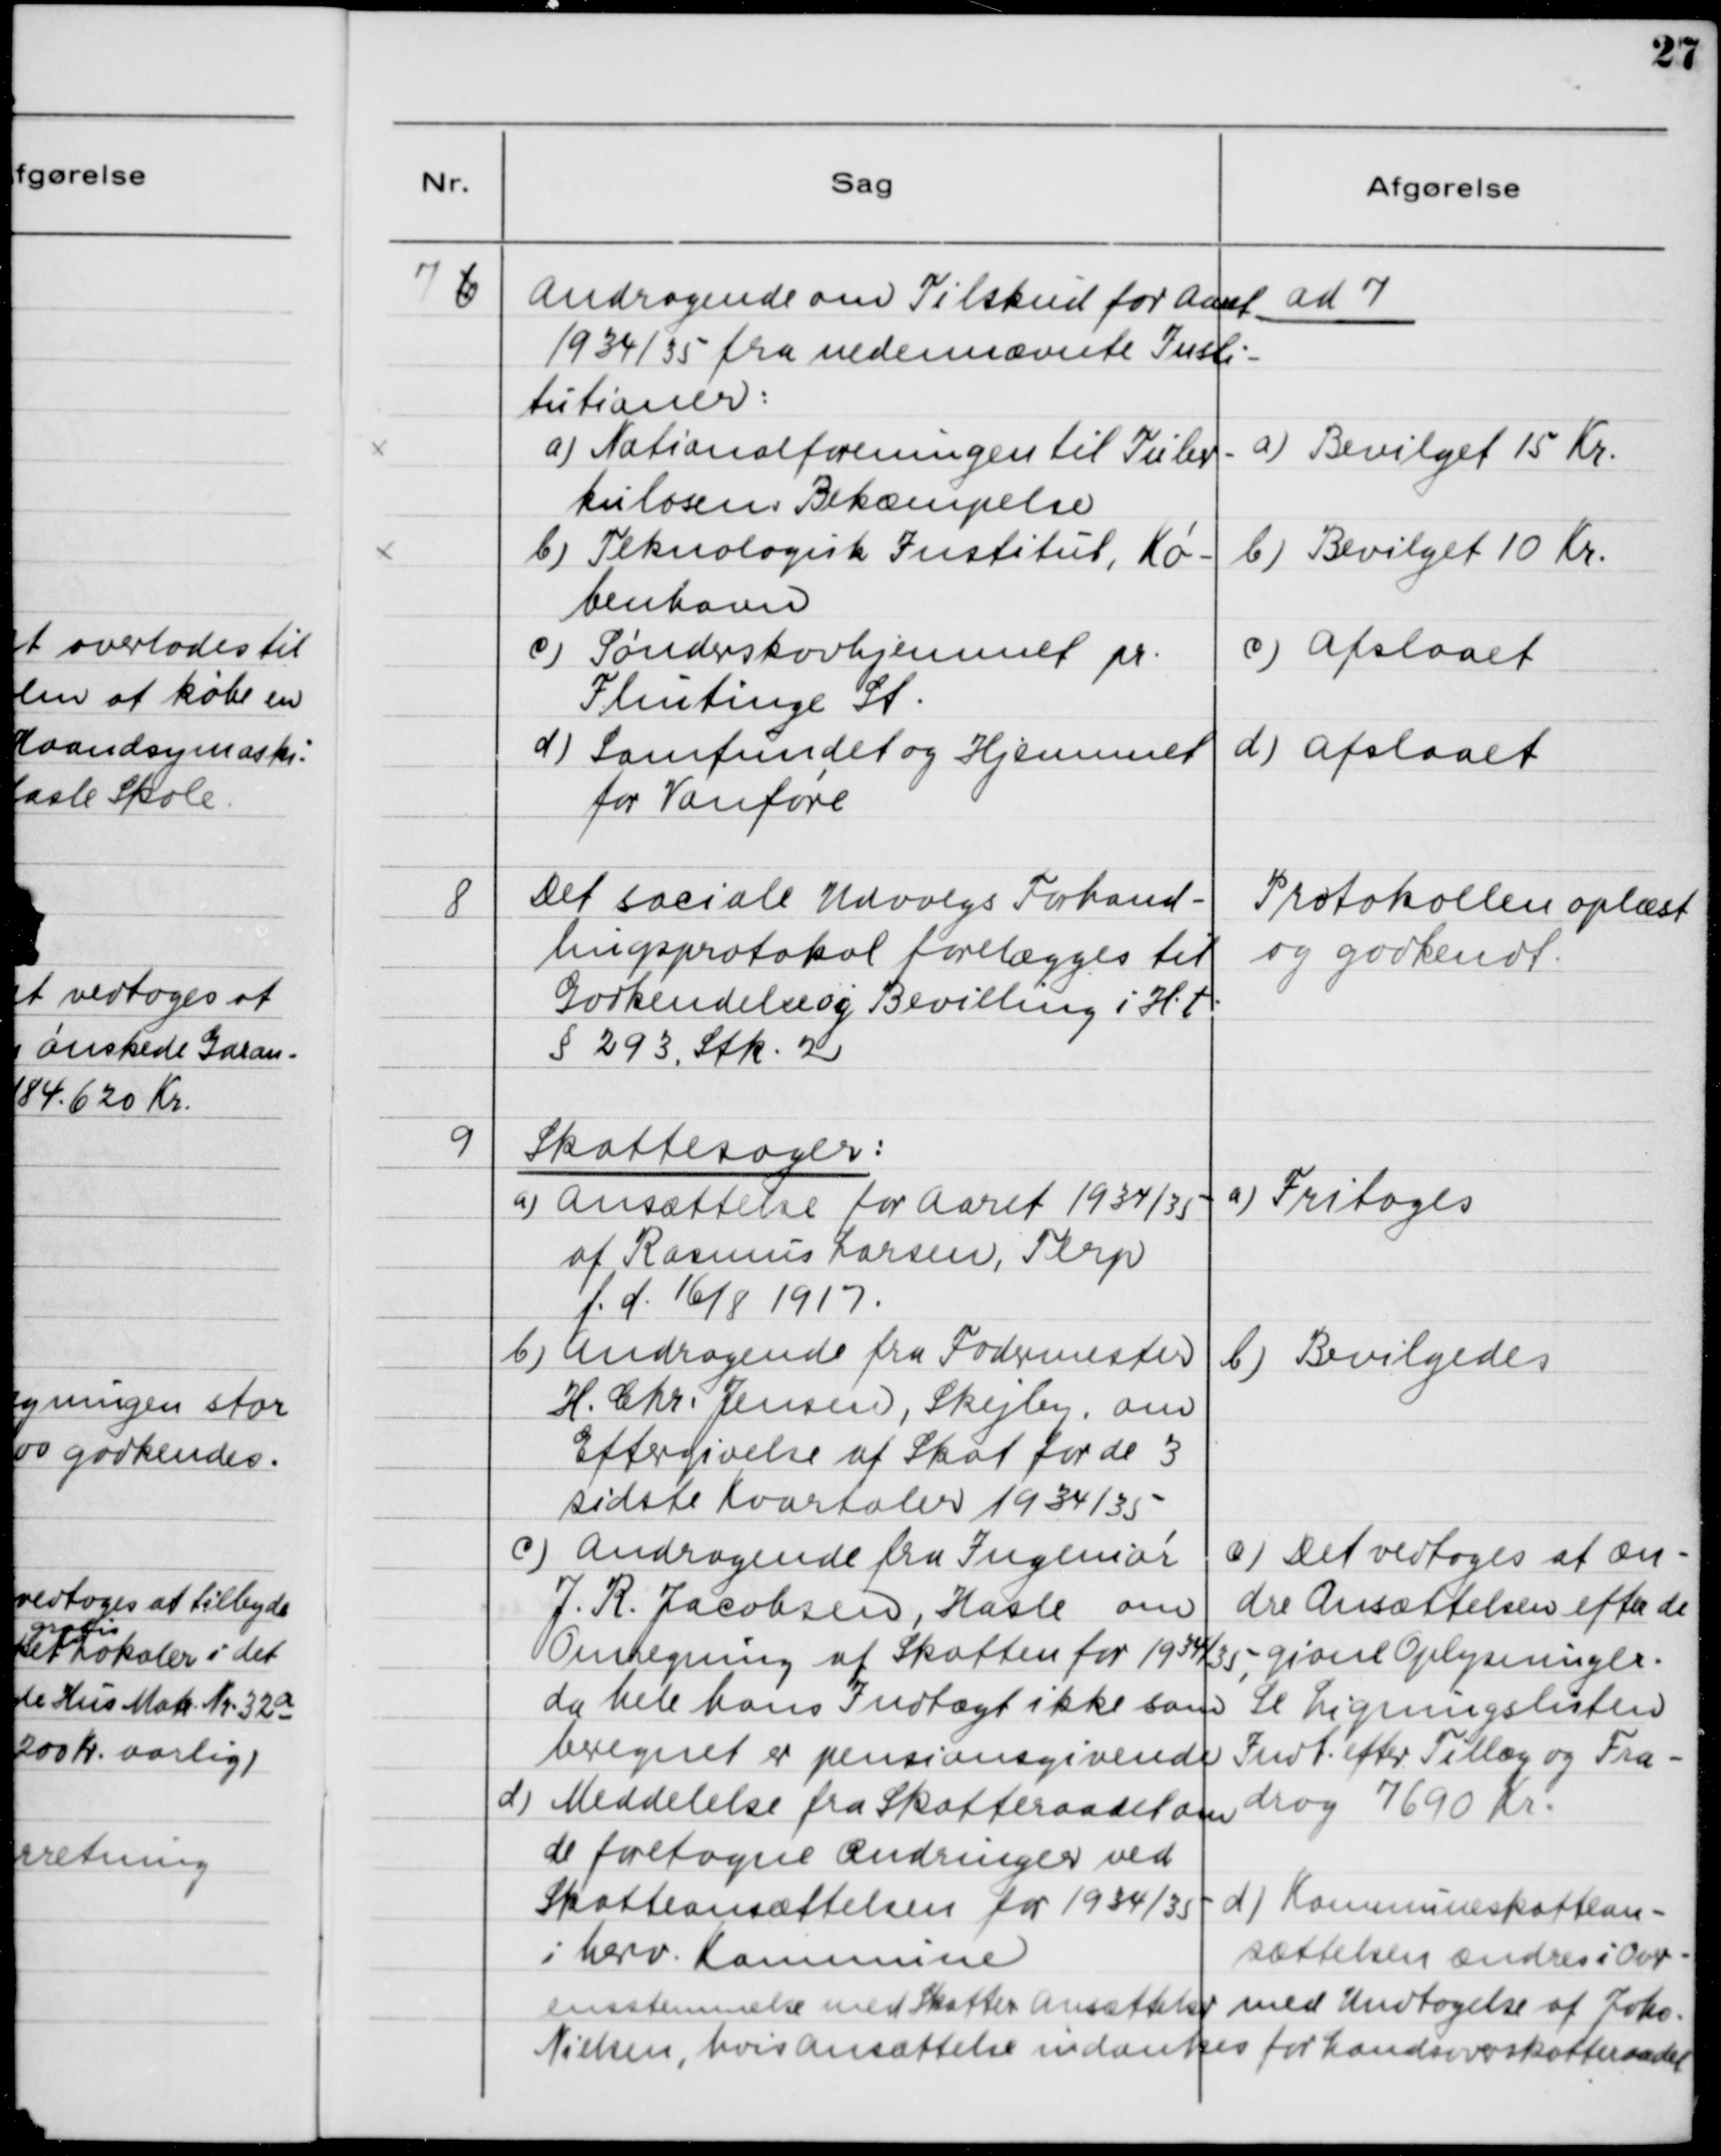
Transskription:
7

Andragende om Tilskud for Aaret
1934/35 fra nedennævnte Insti-
tutioner:
a) Nationalforeningen til Tuber-
kulosens Bekæmpelse
b) Teknologisk Institut, Kø-
benhavn
c) Sønderskovhjemmet pr.
Flintinge St.
d) Samfundet og Hjemmet
for Vanføre.

ad 7.
a) Bevilget 15 Kr.
b) Bevilget 10 Kr.
c) Afslaaet
d) Afslaaet

8

Det sociale Udvalgs Forhand-
lingsprotokol forelægges til
Godkendelse og Bevilling i H.t.
§ 293, Stk. 2

Protokollen oplæst
og godkendt

9

Skattesager:
a) Ansættelse for Aaret 1934/35 
af Rasmus Larsen, Terp
f.d. 16/8 1917 
b) Andragende fra Fodermester 
H. Chr. Jensen, Skejby, om
Eftergivelse af Skat for de 3
sidste Kvartaler 1934/35
c) Andragende fra Ingeniør 
J. R. Jacobsen, Hasle, om
Omregning af Skatten for 1934/35,
da hele hans Indtægt ikke som
beregnet er pensionsgivende
d) Meddelse fra Skatteraadet om
de foretagne Ændringer ved
Skatteansættelsen for 1934/35 
i herv. Kommune.

a) Fritages 
b) Bevilgedes 
c) Det vedtoges at æn-
dre Ansættelsen efter de
givne Oplysninger.
Se Ligningslisten 
Indt. efter Tillæg og Fra-
drag 7690 Kr. 
d) Kommuneskattean-
sættelsen ændres i Over-

ensstemmelse med Skatten Ansættelser med Undtagelse af Jako.
Nielsen, hvis Ansættelse indankes for Landsoverskatteraadet